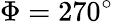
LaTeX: \Phi=270^{\circ}